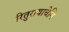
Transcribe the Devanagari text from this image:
रितुरायाचेनि